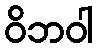
ဝိဘဝါ